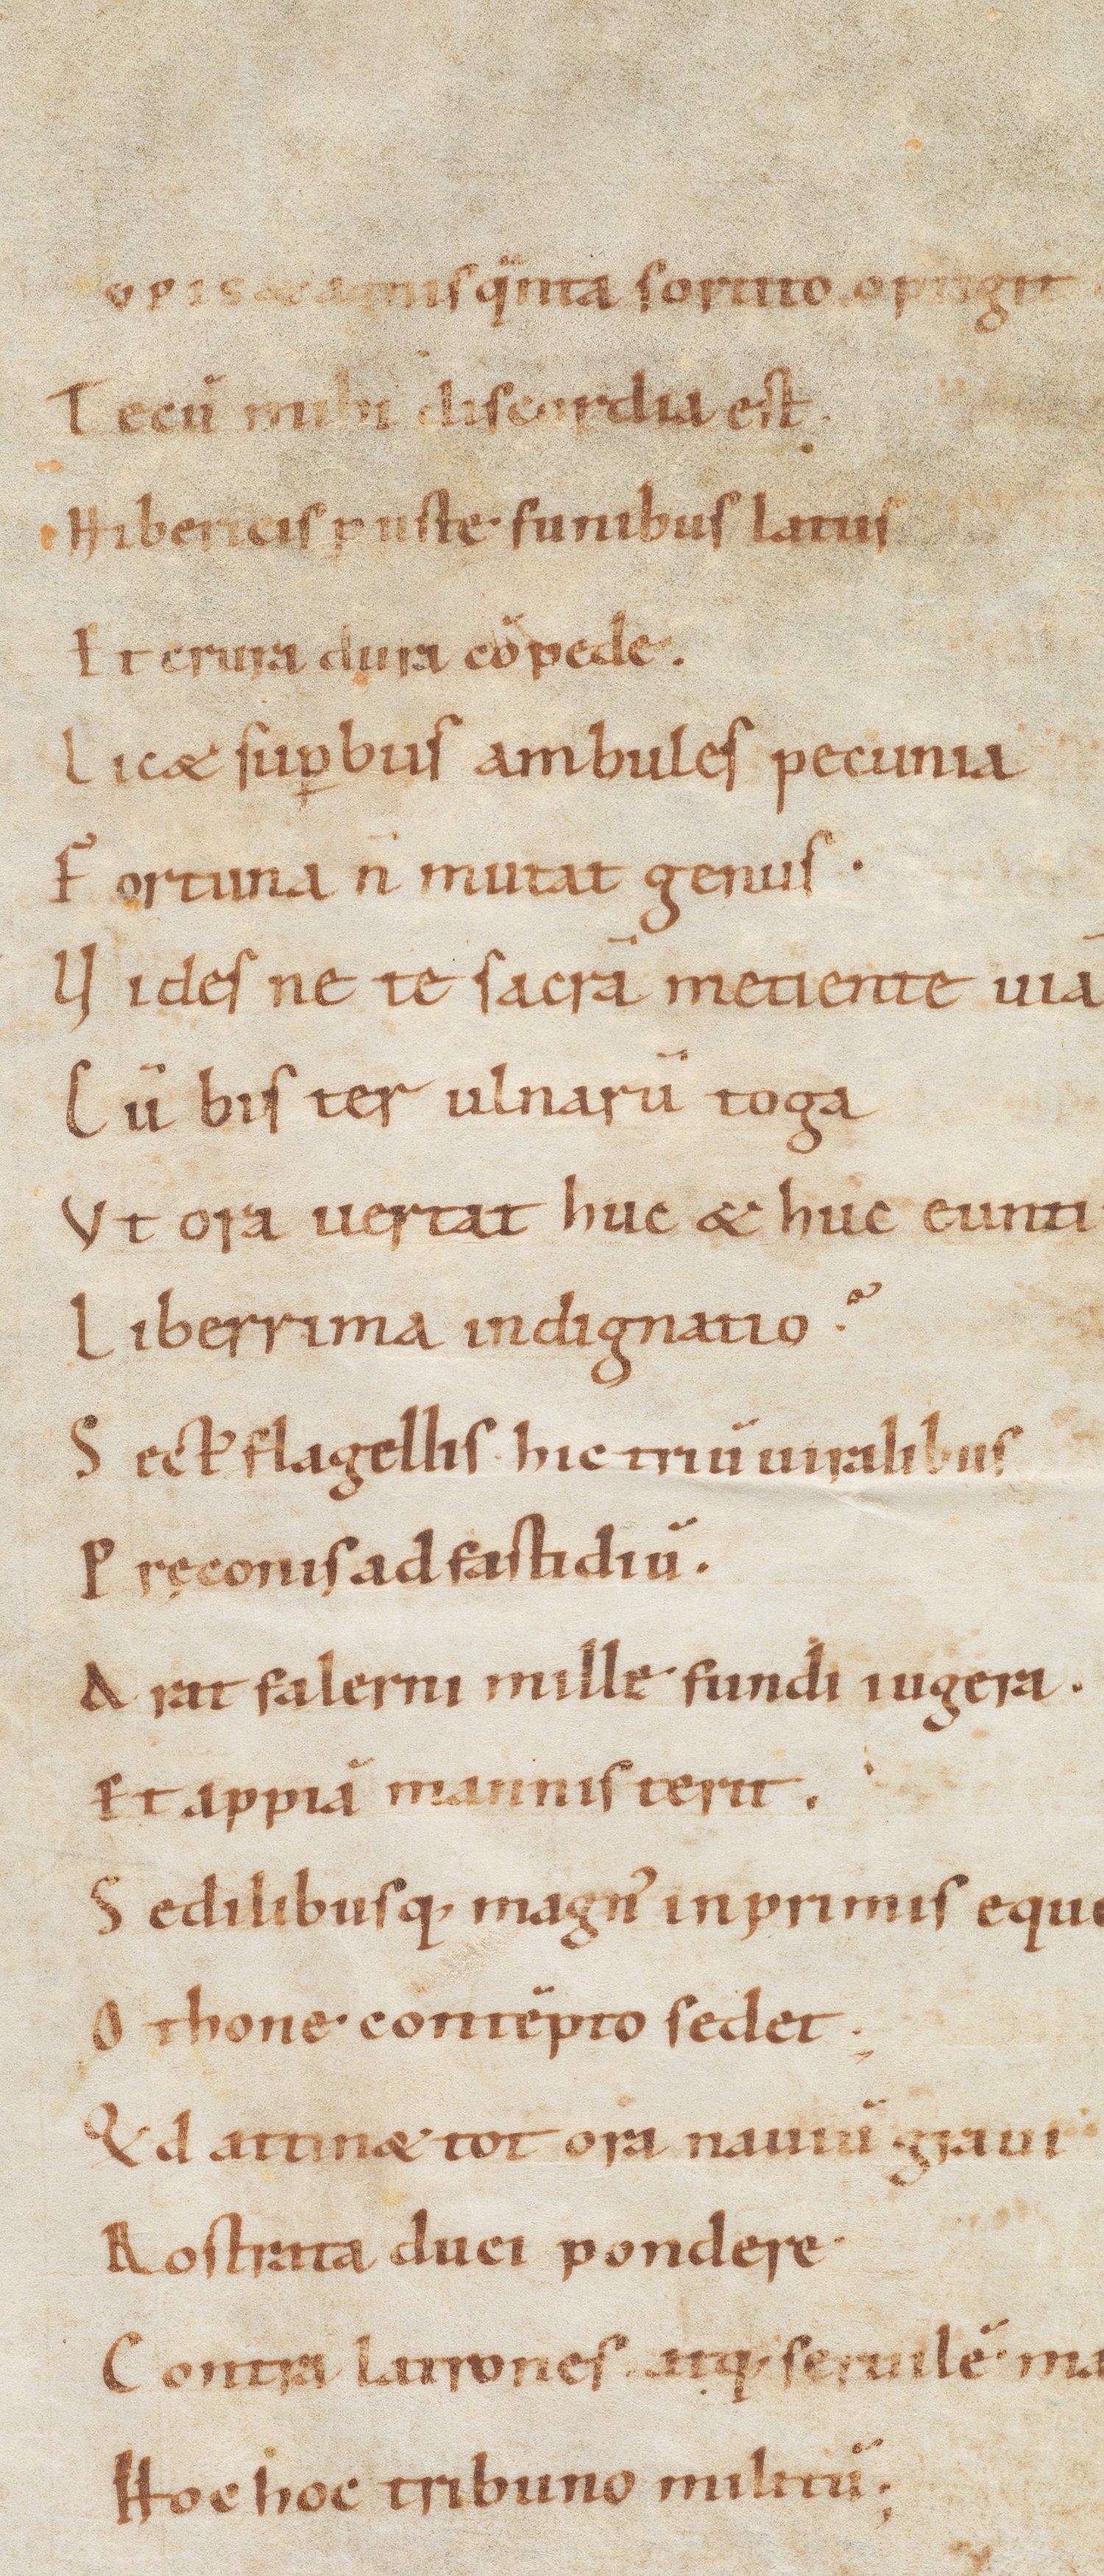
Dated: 900–999